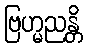
ဗြဟ္မညန္တိ